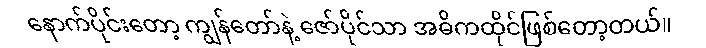
နောက်ပိုင်းတော့ ကျွန်တော်နဲ့ ဇော်ပိုင်သာ အဓိကထိုင်ဖြစ်တော့တယ်။